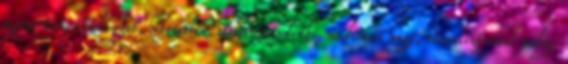
egyszerűen, érzelmeket, helyzetben, stressz mindenki, meditáció nagy, vizualizációval pedig,